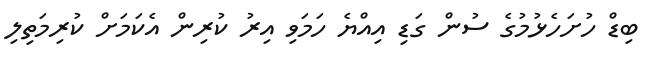
ބިޑް ހުށަހެޅުމުގެ ސުން ގަޑި އިއްޔެ ހަމަވި އިރު ކުރިން އެކަމަށް ކުރިމަތިލި